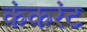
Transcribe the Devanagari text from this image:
कंकरंट